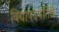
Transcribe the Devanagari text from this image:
विद्यापदपतितैः